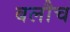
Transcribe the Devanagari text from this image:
बलौच